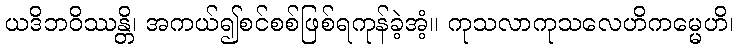
ယဒိဘဝိဿန္တိ၊ အကယ်၍စင်စစ်ဖြစ်ရကုန်ခဲ့အံ့။ ကုသလာကုသလေဟိကမ္မေဟိ၊